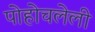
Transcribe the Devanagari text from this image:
पोहोचलेली